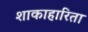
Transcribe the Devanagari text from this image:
शाकाहारिता